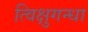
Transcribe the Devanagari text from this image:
त्विक्षुगन्धा